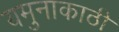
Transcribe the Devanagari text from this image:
यमुनाकाठी